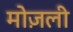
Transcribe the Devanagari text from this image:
मोज़ली